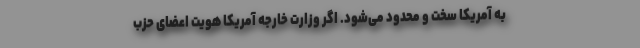
به آمریکا سخت و محدود می‌شود. اگر وزارت خارجه آمریکا هویت اعضای حزب